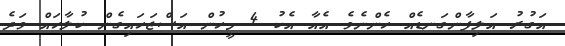
އަގުރު އަލިފާންގަނޑެއް ހެންނެވެ އެއާ އެކު 4 މީހުން އަސްޖަހައިގެން ކުލާހައް ވަދެ